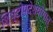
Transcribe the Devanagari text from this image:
शिष्टोपदेशयोगात्